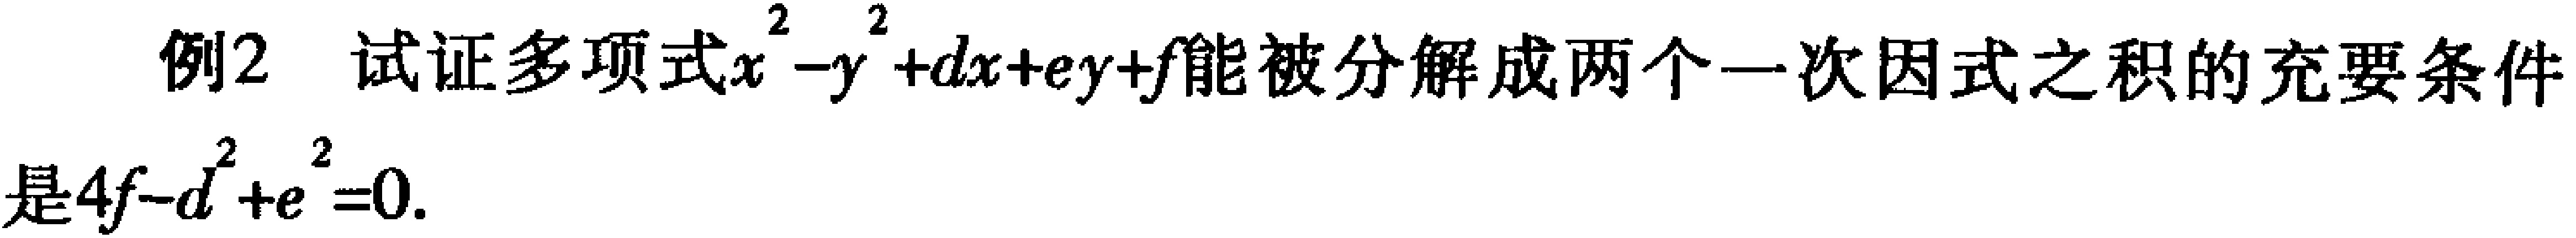
例2 试证多项式$x^{2}-y^{2}+dx + ey + f$能被分解成两个一次因式之积的充要条件是$4f - d^{2}+e^{2}=0$.